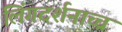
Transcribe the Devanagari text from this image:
लिंगदर्शनाच्च